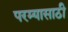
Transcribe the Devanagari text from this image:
परम्यासाठी